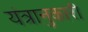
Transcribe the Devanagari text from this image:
यंत्रानुकारी